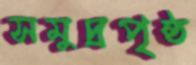
সমুদ্রপৃষ্ঠ